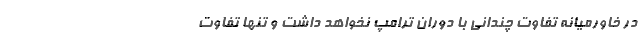
در خاورمیانه تفاوت چندانی با دوران ترامپ نخواهد داشت و تنها تفاوت